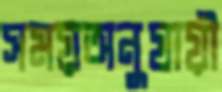
সময়অনুযায়ী